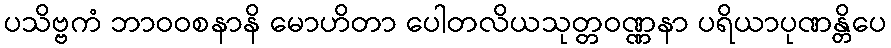
ပသိဗ္ဗကံ ဘာဝဝစနာနိ မောဟိတာ ပေါတလိယသုတ္တဝဏ္ဏနာ ပရိယာပုဏန္တိပေ